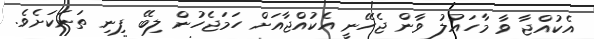
އެކުއްޖާ ވާ މާހައުލު ވާން ޖެހޭނީ އެކުއްޖާއަށް ހަމަޖެހުން ލިބޭ ފިނި ތަނަކަށެވެ.